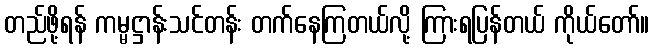
တည်ဖို့ရန် ကမ္မဋ္ဌာန်းသင်တန်း တက်နေကြတယ်လို့ ကြားရပြန်တယ် ကိုယ်တော်။